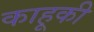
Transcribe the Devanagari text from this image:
काहूकी